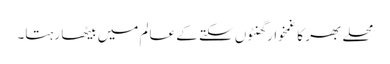
محلے بھر کا غمخوار گھنٹوں سکتے کے عالم میں بیٹھا رہتا۔